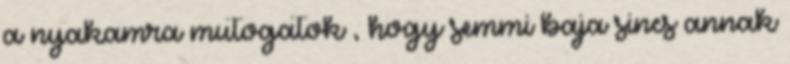
a nyakamra mutogatok , hogy semmi baja sincs annak